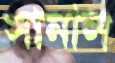
সানাল